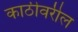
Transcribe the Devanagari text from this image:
काठीवरील